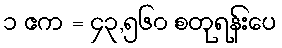
၁ ဧက = ၄၃,၅၆၀ စတုရန်းပေ